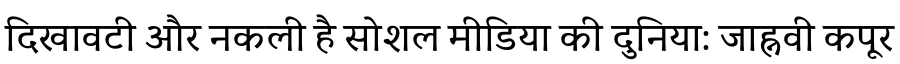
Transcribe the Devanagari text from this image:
दिखावटी और नकली है सोशल मीडिया की दुनिया: जाह्नवी कपूर